Annual administration report of the Civil Veterinary Department of India - 1893-1894
Year: 1893
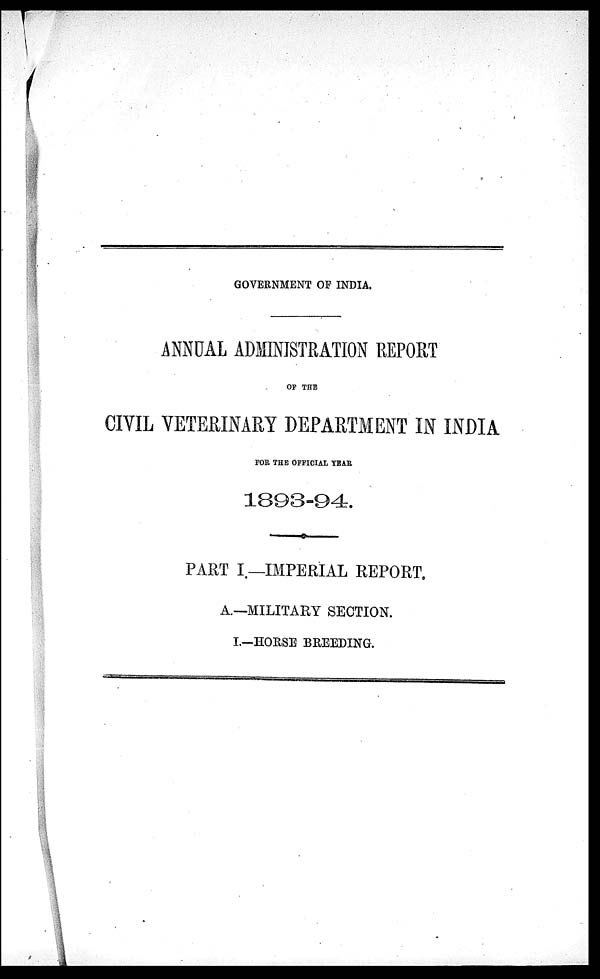
GOVERNMENT OF INDIA.
ANNUAL ADMINISTRATION REPORT
OF THE
CIVIL VETERINARY DEPARTMENT IN INDIA
FOR THE OFFICIAL YEAR
1893-94.
PART I.—IMPERIAL REPORT.
A.—MILITARY SECTION.
I.—HORSE BREEDING.